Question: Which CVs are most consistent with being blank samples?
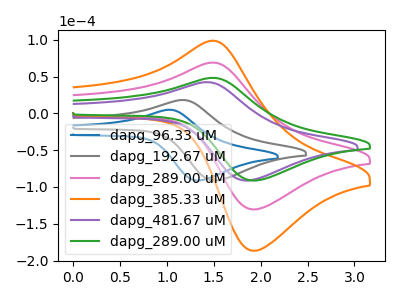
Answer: <think>The blue curve "dapg_96.33 uM" has an anodic peak at (1.00V, 4.90uA) and a cathodic peak at (1.35V, -91.20uA). The gray curve "dapg_192.67 uM" has an anodic peak at (1.15V, 18.15uA) and a cathodic peak at (1.55V, -91.20uA). The pink curve "dapg_289.00 uM" has an anodic peak at (1.50V, 68.95uA) and a cathodic peak at (1.95V, -130.45uA). The orange curve "dapg_385.33 uM" has an anodic peak at (1.50V, 137.85uA) and a cathodic peak at (1.95V, -260.90uA). The purple curve "dapg_481.67 uM" has an anodic peak at (1.40V, 42.40uA) and a cathodic peak at (1.85V, -91.20uA). The green curve "dapg_289.00 uM" has an anodic peak at (1.50V, 48.20uA) and a cathodic peak at (1.95V, -91.20uA).</think>
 <answer>There are not any CV's on this graph that are likely to be blanks.</answer>
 <eval>none</eval>